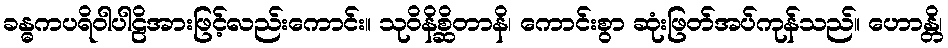
ခန္ဓကပရိဝါပါဠိအားဖြင့်လည်းကောင်း။ သုဝိနိစ္ဆိတာနိ၊ ကောင်းစွာ ဆုံးဖြတ်အပ်ကုန်သည်။ ဟောန္တိ၊